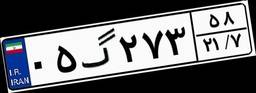
۰۰گ۳۲۳۵۵